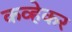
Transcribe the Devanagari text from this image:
कव्हेकर